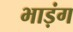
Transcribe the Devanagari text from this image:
भाड़ंग